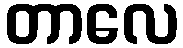
တာလေ